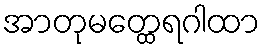
အာတုမတ္ထေရဂါထာ